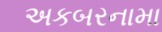
અકબરનામા